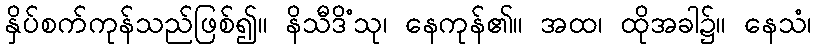
နှိပ်စက်ကုန်သည်ဖြစ်၍။ နိသီဒိံသု၊ နေကုန်၏။ အထ၊ ထိုအခါ၌။ နေသံ၊